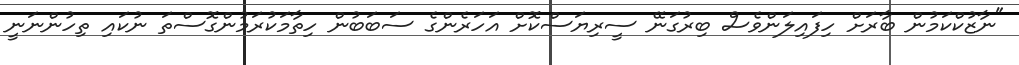
"ނާޒުކްކަމުން ބާރަށް ހިފައިލަންވެސް ބިރުގަނޭ ސީރިޔަސްކޮށް އަހަރެންގެ ސަބަބުން ހިތާމަކުރަމުންގޮސްތަ ނުކައި ތިހުންނަނީ